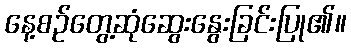
နေ့စဉ်တွေ့ဆုံဆွေးနွေးခြင်းပြု၏။